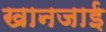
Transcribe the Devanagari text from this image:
खानजाई